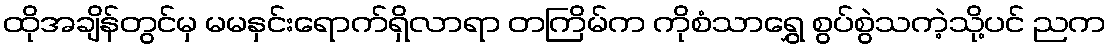
ထိုအချိန်တွင်မှ မမနှင်းရောက်ရှိလာရာ တကြိမ်က ကိုစံသာရွှေ စွပ်စွဲသကဲ့သို့ပင် ညက